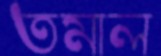
তমাল